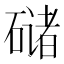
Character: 𰧘